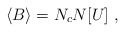
\begin{align*}\langle B\rangle = N_c N[U] \;,\end{align*}